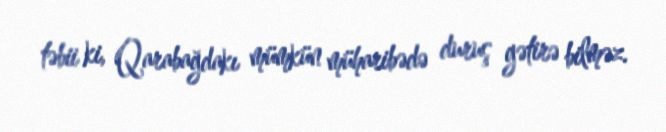
təbii ki, Qarabağdakı mümkün müharibədə duruş gətirə bilməz.